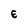
Character: E